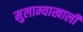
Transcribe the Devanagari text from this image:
मुलाम्याखाली